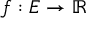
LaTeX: f : E \rightarrow \mathbb { R }